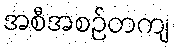
အစီအစဉ်တကျ